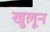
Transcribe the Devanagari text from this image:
खुलून